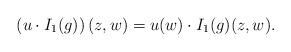
LaTeX: \begin{align*}\left( u\cdot I_{1}(g)\right) (z,w)=u(w)\cdot I_{1}(g)(z,w).\end{align*}